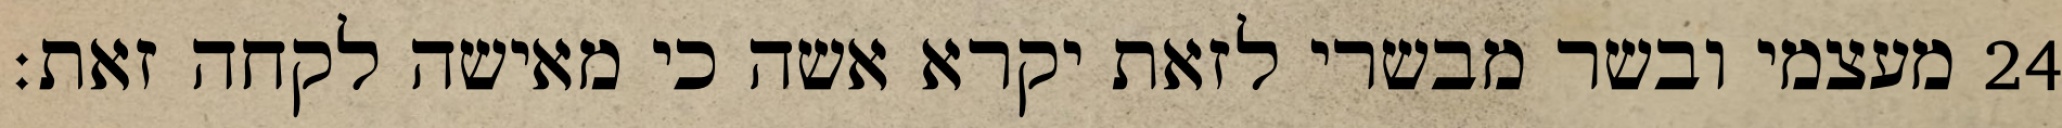
מעצמי ובשר מבשרי לזאת יקרא אשה כי מאישה לקחה זאת׃ ‎24‏